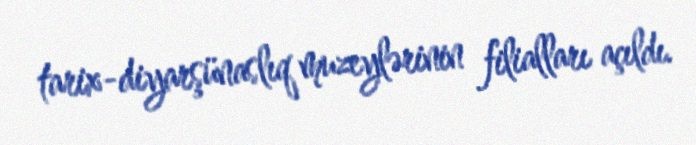
tarix-diyarşünaslıq muzeylərinin filialları açıldı.